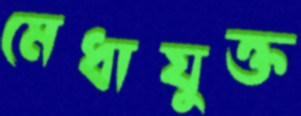
মেধাযুক্ত